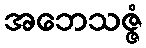
အဘေသဇ္ဇံ